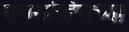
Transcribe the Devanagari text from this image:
एरोसर्व्हिसच्या